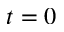
t = 0